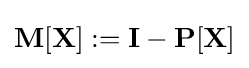
\mathbf {M} [\mathbf {X} ]:=\mathbf {I} -\mathbf {P} [\mathbf {X} ]